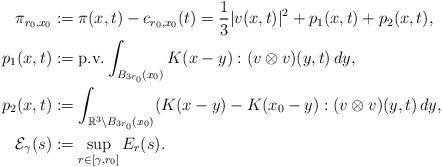
LaTeX: \begin{align*}\pi_{r_0,x_0} &:= \pi(x,t) - c_{r_0,x_0}(t) = \frac{1}{3} |v(x,t)|^2 + p_1(x,t) + p_2(x,t),\\p_1(x,t) &:= \textnormal{p.v.} \int_{B_{3r_0}(x_0)} K(x - y) : (v \otimes v)(y, t) \,dy,\\p_2(x,t) &:= \int_{\mathbb{R}^3 \setminus B_{3r_0}(x_0)} (K(x - y) - K(x_0-y) : (v \otimes v)(y, t) \,dy,\\\mathcal{E}_\gamma(s) &:= \sup_{r \in [\gamma,r_0]} E_r(s).\end{align*}